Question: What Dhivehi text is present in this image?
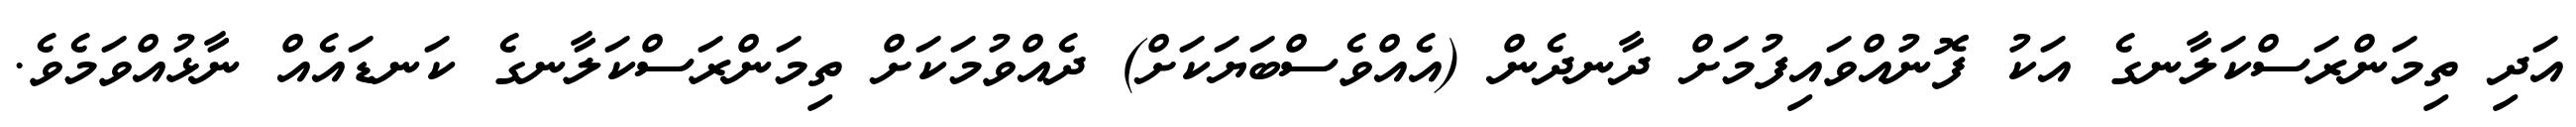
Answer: އަދި ތިމަންރަސްކަލާނގެ އަކު ފޮނުއްވައިފުމަށް ދާނދެން (އެއްވެސްބަޔަކަށް) ދެއްވުމަކަށް ތިމަންރަސްކަލާނގެ ކަނޑައެއް ނާޅުއްވަމެވެ.